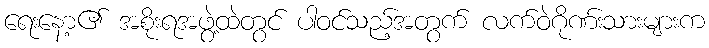
ရေးနော့၏ အစိုးရအဖွဲ့ထဲတွင် ပါဝင်သည့်အတွက် လက်ဝဲဂိုဏ်းသားများက